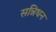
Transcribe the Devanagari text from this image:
सन्निधन